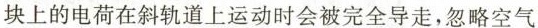
块上的电荷在斜轨道上运动时会被完全导走，忽略空气